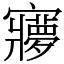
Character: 㝱